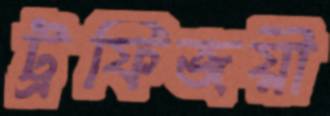
ট্রফিজয়ী